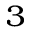
_ 3